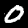
Label: 0